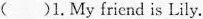
()1.My friend is Lily.